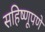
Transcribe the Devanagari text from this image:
सहिष्णूपणे